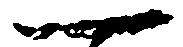
一